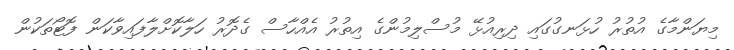
މިޔަންމާގެ އުތުރު ހުޅަނގުގައި ދިރިއުޅޭ މުސްލިމުންގެ އިތުރު އެއްހާސް ގެދޮރު ހަލާކޮށްލާފައިވާކަން ފޮޓޯތަކުން